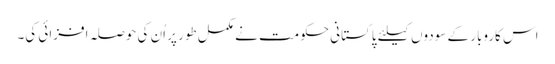
اس کاروبار کے سودوں کیلئے پاکستانی حکومت نے مکمل طور پر اُن کی حوصلہ افزائی کی۔